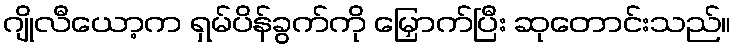
ဂျိုလီယော့က ရှမ်ပိန်ခွက်ကို မြှောက်ပြီး ဆုတောင်းသည်။